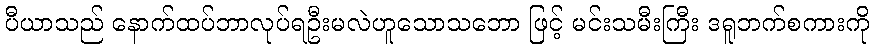
ပီယာသည် နောက်ထပ်ဘာလုပ်ရဦးမလဲဟူသောသဘော ဖြင့် မင်းသမီးကြီး ဒရူဘက်စကားကို